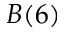
B ( 6 )